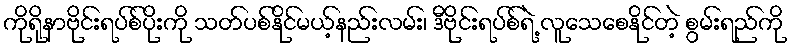
ကိုရိုနာဗိုင်းရပ်စ်ပိုးကို သတ်ပစ်နိုင်မယ့်နည်းလမ်း၊ ဒီဗိုင်းရပ်စ်ရဲ့ လူသေစေနိုင်တဲ့ စွမ်းရည်ကို